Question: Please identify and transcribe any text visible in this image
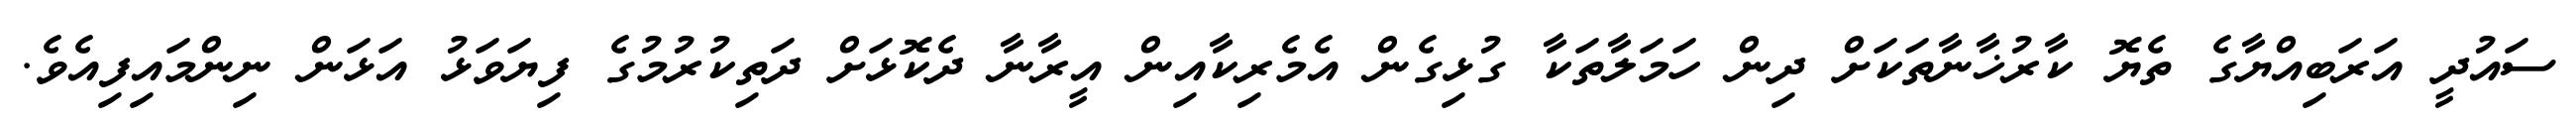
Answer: ސައުދީ އަރަބިއްޔާގެ ތެޔޮ ކާރުޚާނާތަކަށް ދިން ހަމަލާތަކާ ގުޅިގެން އެމެރިކާއިން އީރާނާ ދެކޮޅަށް ދަތިކުރުމުގެ ފިޔަވަޅު އަޅަން ނިންމައިފިއެވެ.